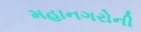
મહાનગરોની